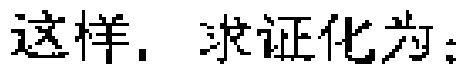
这样，求证化为：